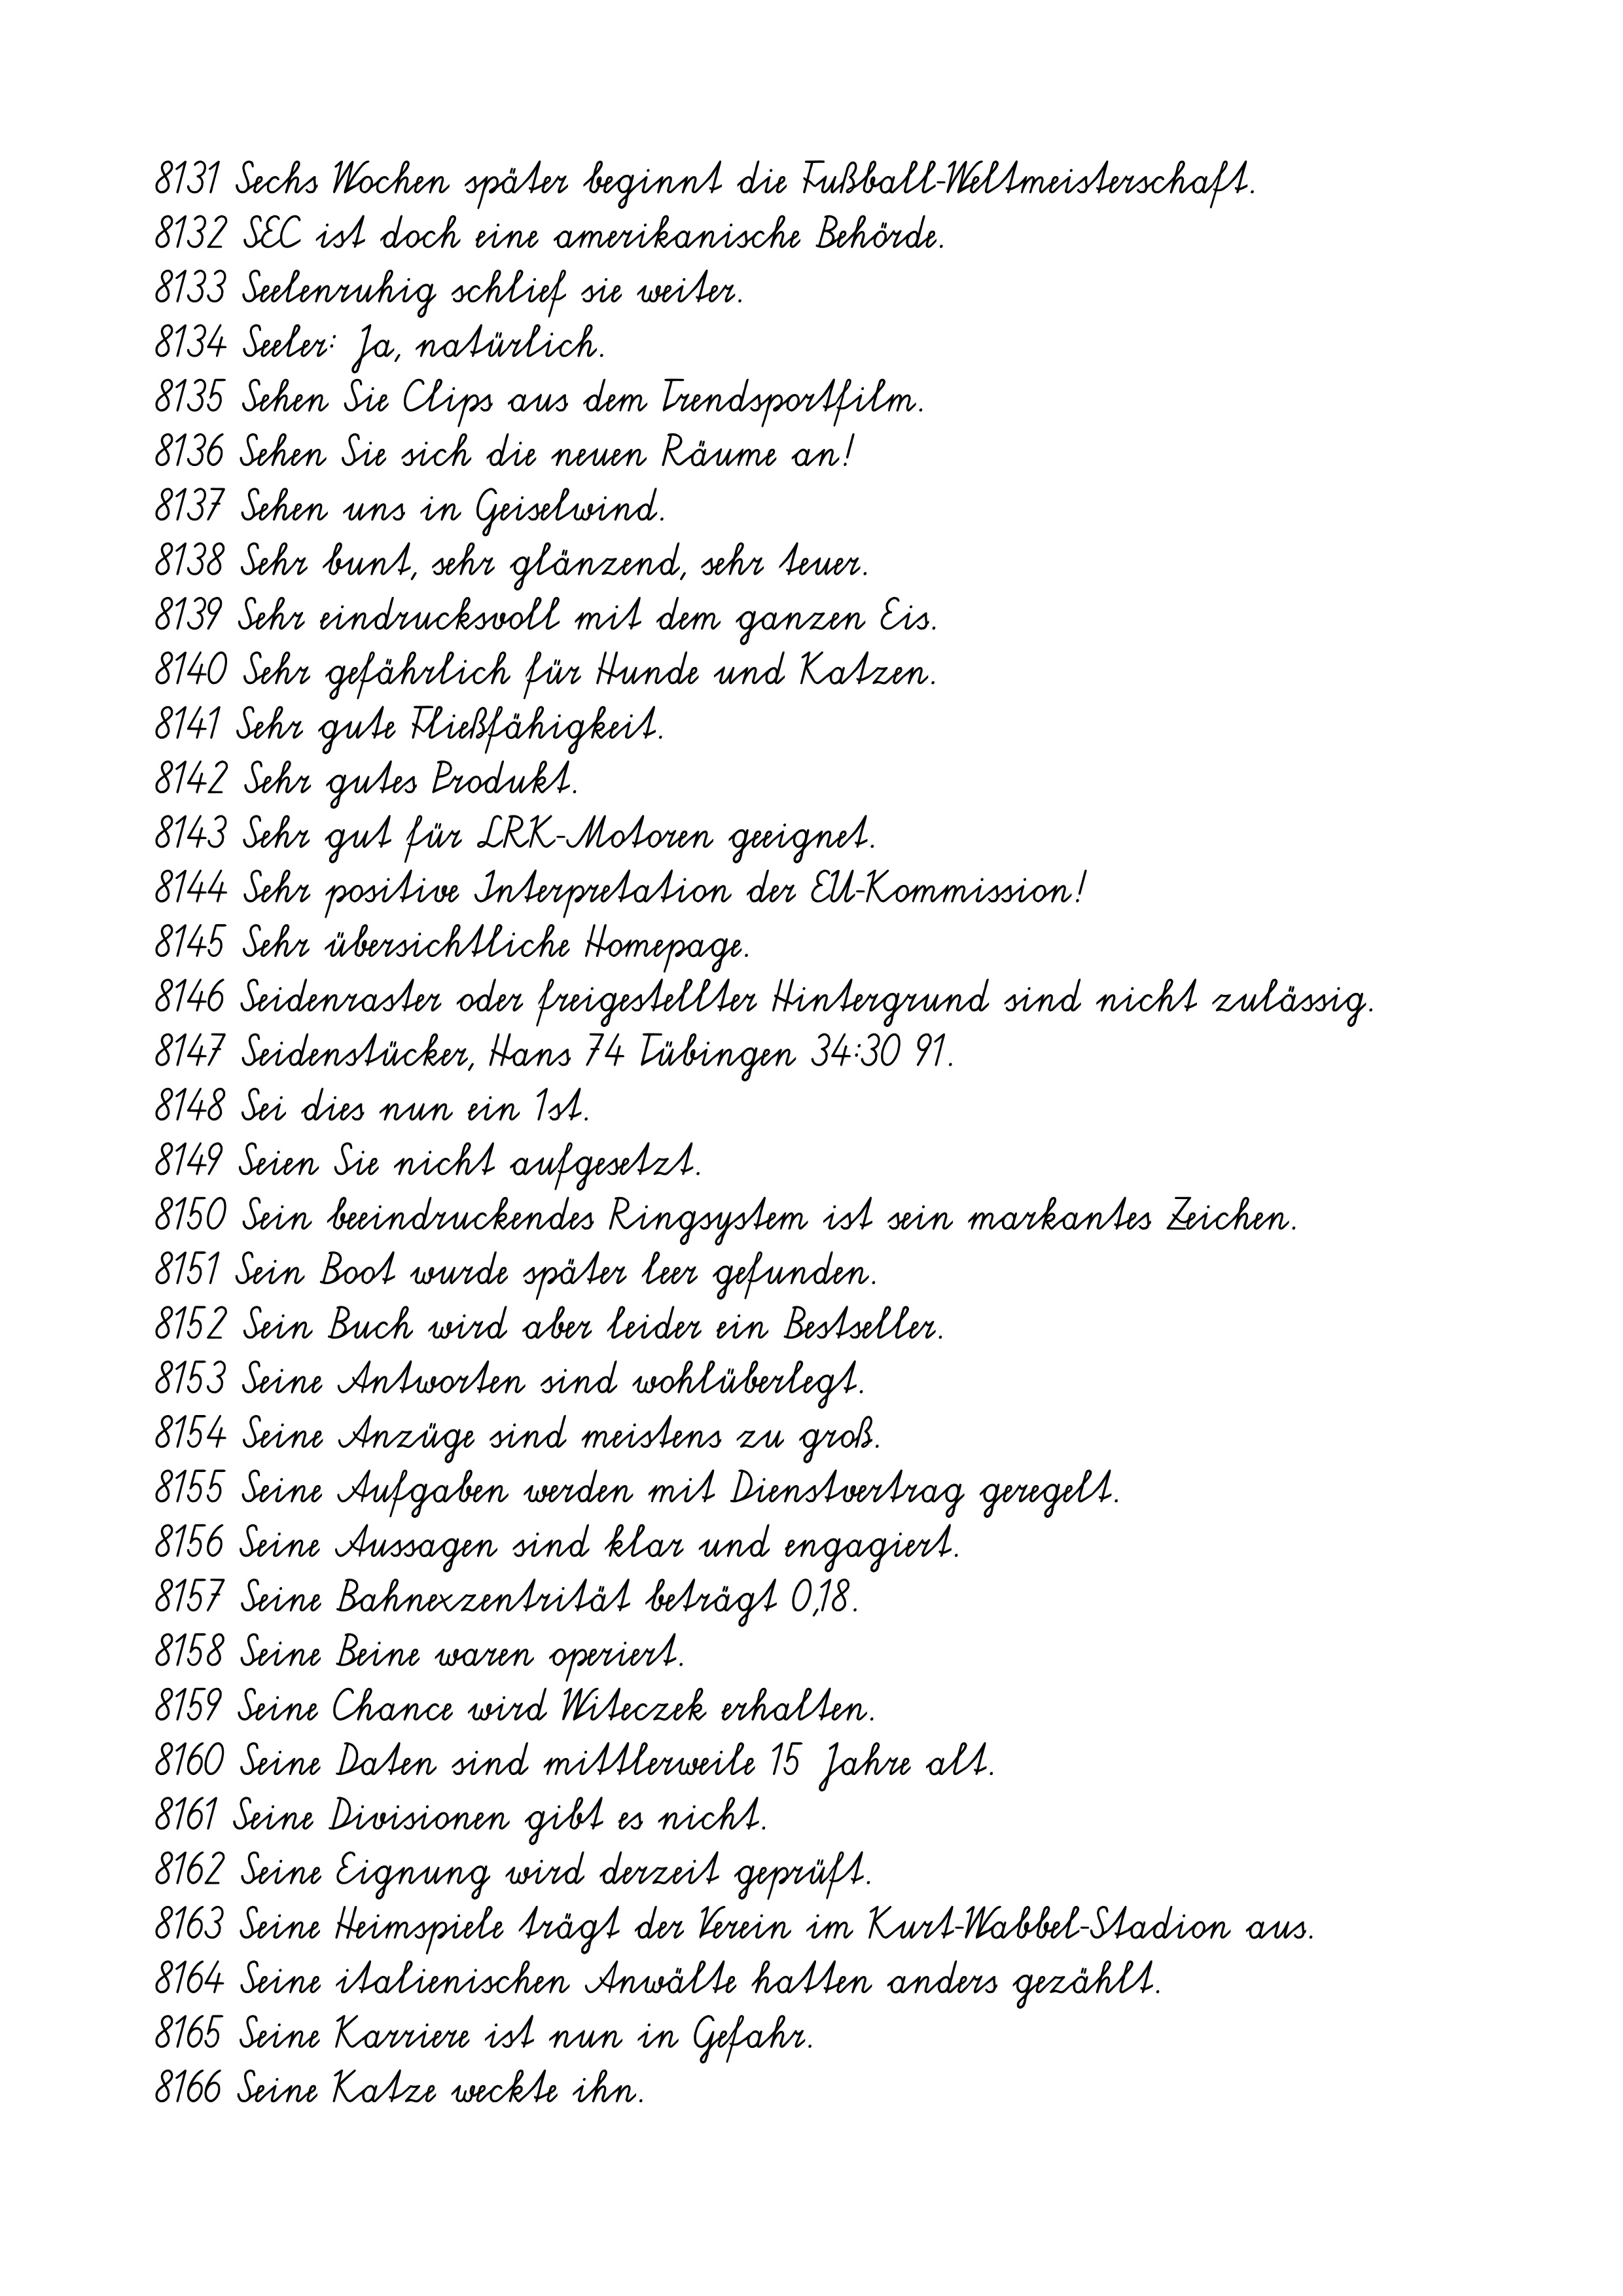
8131 Sechs Wochen später beginnt die Fußball-Weltmeisterschaft.
8132 SEC ist doch eine amerikanische Behörde.
8133 Seelenruhig schlief sie weiter.
8134 Seeler: Ja, natürlich.
8135 Sehen Sie Clips aus dem Trendsportfilm.
8136 Sehen Sie sich die neuen Räume an!
8137 Sehen uns in Geiselwind.
8138 Sehr bunt, sehr glänzend, sehr teuer.
8139 Sehr eindrucksvoll mit dem ganzen Eis.
8140 Sehr gefährlich für Hunde und Katzen.
8141 Sehr gute Fließfähigkeit.
8142 Sehr gutes Produkt.
8143 Sehr gut für LRK-Motoren geeignet.
8144 Sehr positive Interpretation der EU-Kommission!
8145 Sehr übersichtliche Homepage.
8146 Seidenraster oder freigestellter Hintergrund sind nicht zulässig.
8147 Seidenstücker, Hans 74 Tübingen 34:30 91.
8148 Sei dies nun ein 1st.
8149 Seien Sie nicht aufgesetzt.
8150 Sein beeindruckendes Ringsystem ist sein markantes Zeichen.
8151 Sein Boot wurde später leer gefunden.
8152 Sein Buch wird aber leider ein Bestseller.
8153 Seine Antworten sind wohlüberlegt.
8154 Seine Anzüge sind meistens zu groß.
8155 Seine Aufgaben werden mit Dienstvertrag geregelt.
8156 Seine Aussagen sind klar und engagiert.
8157 Seine Bahnexzentrität beträgt 0,18.
8158 Seine Beine waren operiert.
8159 Seine Chance wird Witeczek erhalten.
8160 Seine Daten sind mittlerweile 15 Jahre alt.
8161 Seine Divisionen gibt es nicht.
8162 Seine Eignung wird derzeit geprüft.
8163 Seine Heimspiele trägt der Verein im Kurt-Wabbel-Stadion aus.
8164 Seine italienischen Anwälte hatten anders gezählt.
8165 Seine Karriere ist nun in Gefahr.
8166 Seine Katze weckte ihn.